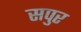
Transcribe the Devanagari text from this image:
सपुर